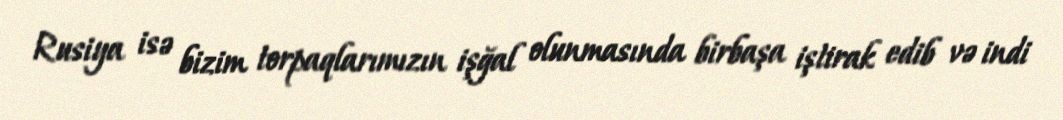
Rusiya isə bizim torpaqlarımızın işğal olunmasında birbaşa iştirak edib və indi